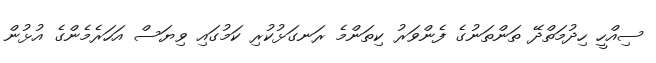
ސިއްހީ ހިދުމަތްދޭ ތަންތަނުގެ ފެންވަރު ކިތަންމެ ރަނގަޅުކުރި ކަމުގައި ވިޔަސް އަހަރެމެންގެ އުޅުން